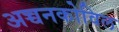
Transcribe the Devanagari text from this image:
अच्चनकोविल